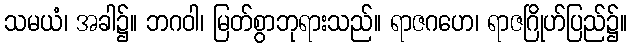
သမယံ၊ အခါ၌။ ဘဂဝါ၊ မြတ်စွာဘုရားသည်။ ရာဇဂဟေ၊ ရာဇဂြိုဟ်ပြည်၌။